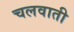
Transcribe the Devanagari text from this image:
चलवाती